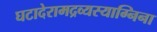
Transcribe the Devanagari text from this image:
घटादेरामद्रव्यस्याग्निना